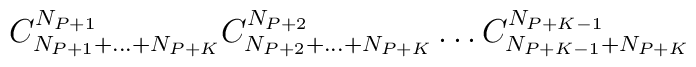
C^{N_{P+1}}_{N_{P+1}+\dots +N_{P+K}}C^{N_{P+2}}_{N_{P+2}+\dots+N_{P+K}}\dots C^{N_{P+K-1}}_{N_{P+K-1}+N_{P+K}}